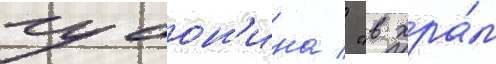
губон'ина / "в хра́м